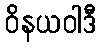
ဝိနယဝါဒီ